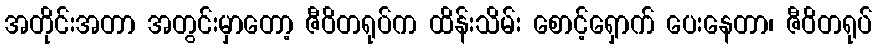
အတိုင်းအတာ အတွင်းမှာတော့ ဇီဝိတရုပ်က ထိန်းသိမ်း စောင့်ရှောက် ပေးနေတာ၊ ဇီဝိတရုပ်